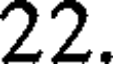
22.